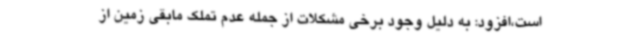
است،افزود: به دلیل وجود برخی مشکلات از جمله عدم تملک مابقی زمین از